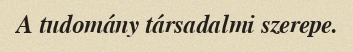
A tudomány társadalmi szerepe.